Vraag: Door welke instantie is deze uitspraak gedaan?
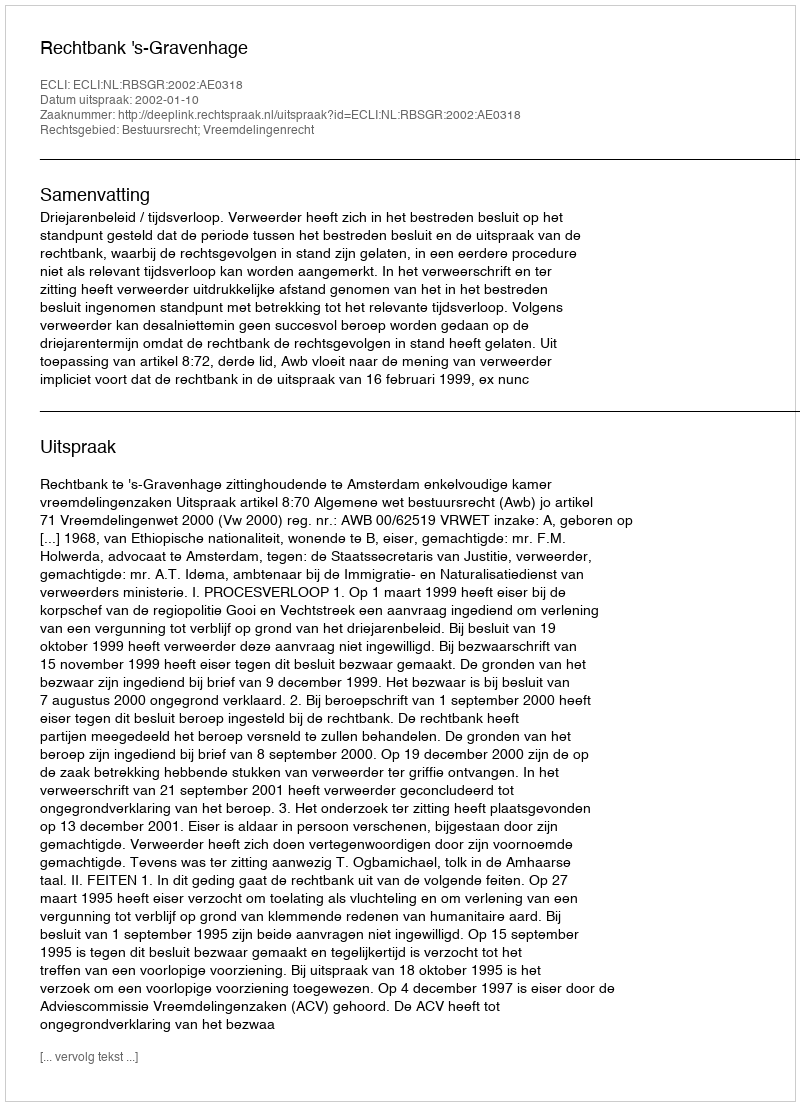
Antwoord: Rechtbank 's-Gravenhage